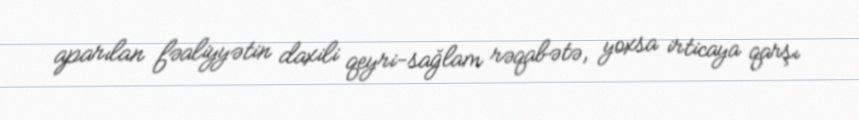
aparılan fəaliyyətin daxili qeyri-sağlam rəqabətə, yoxsa irticaya qarşı